Rapla_vallavalitsus, lk 10
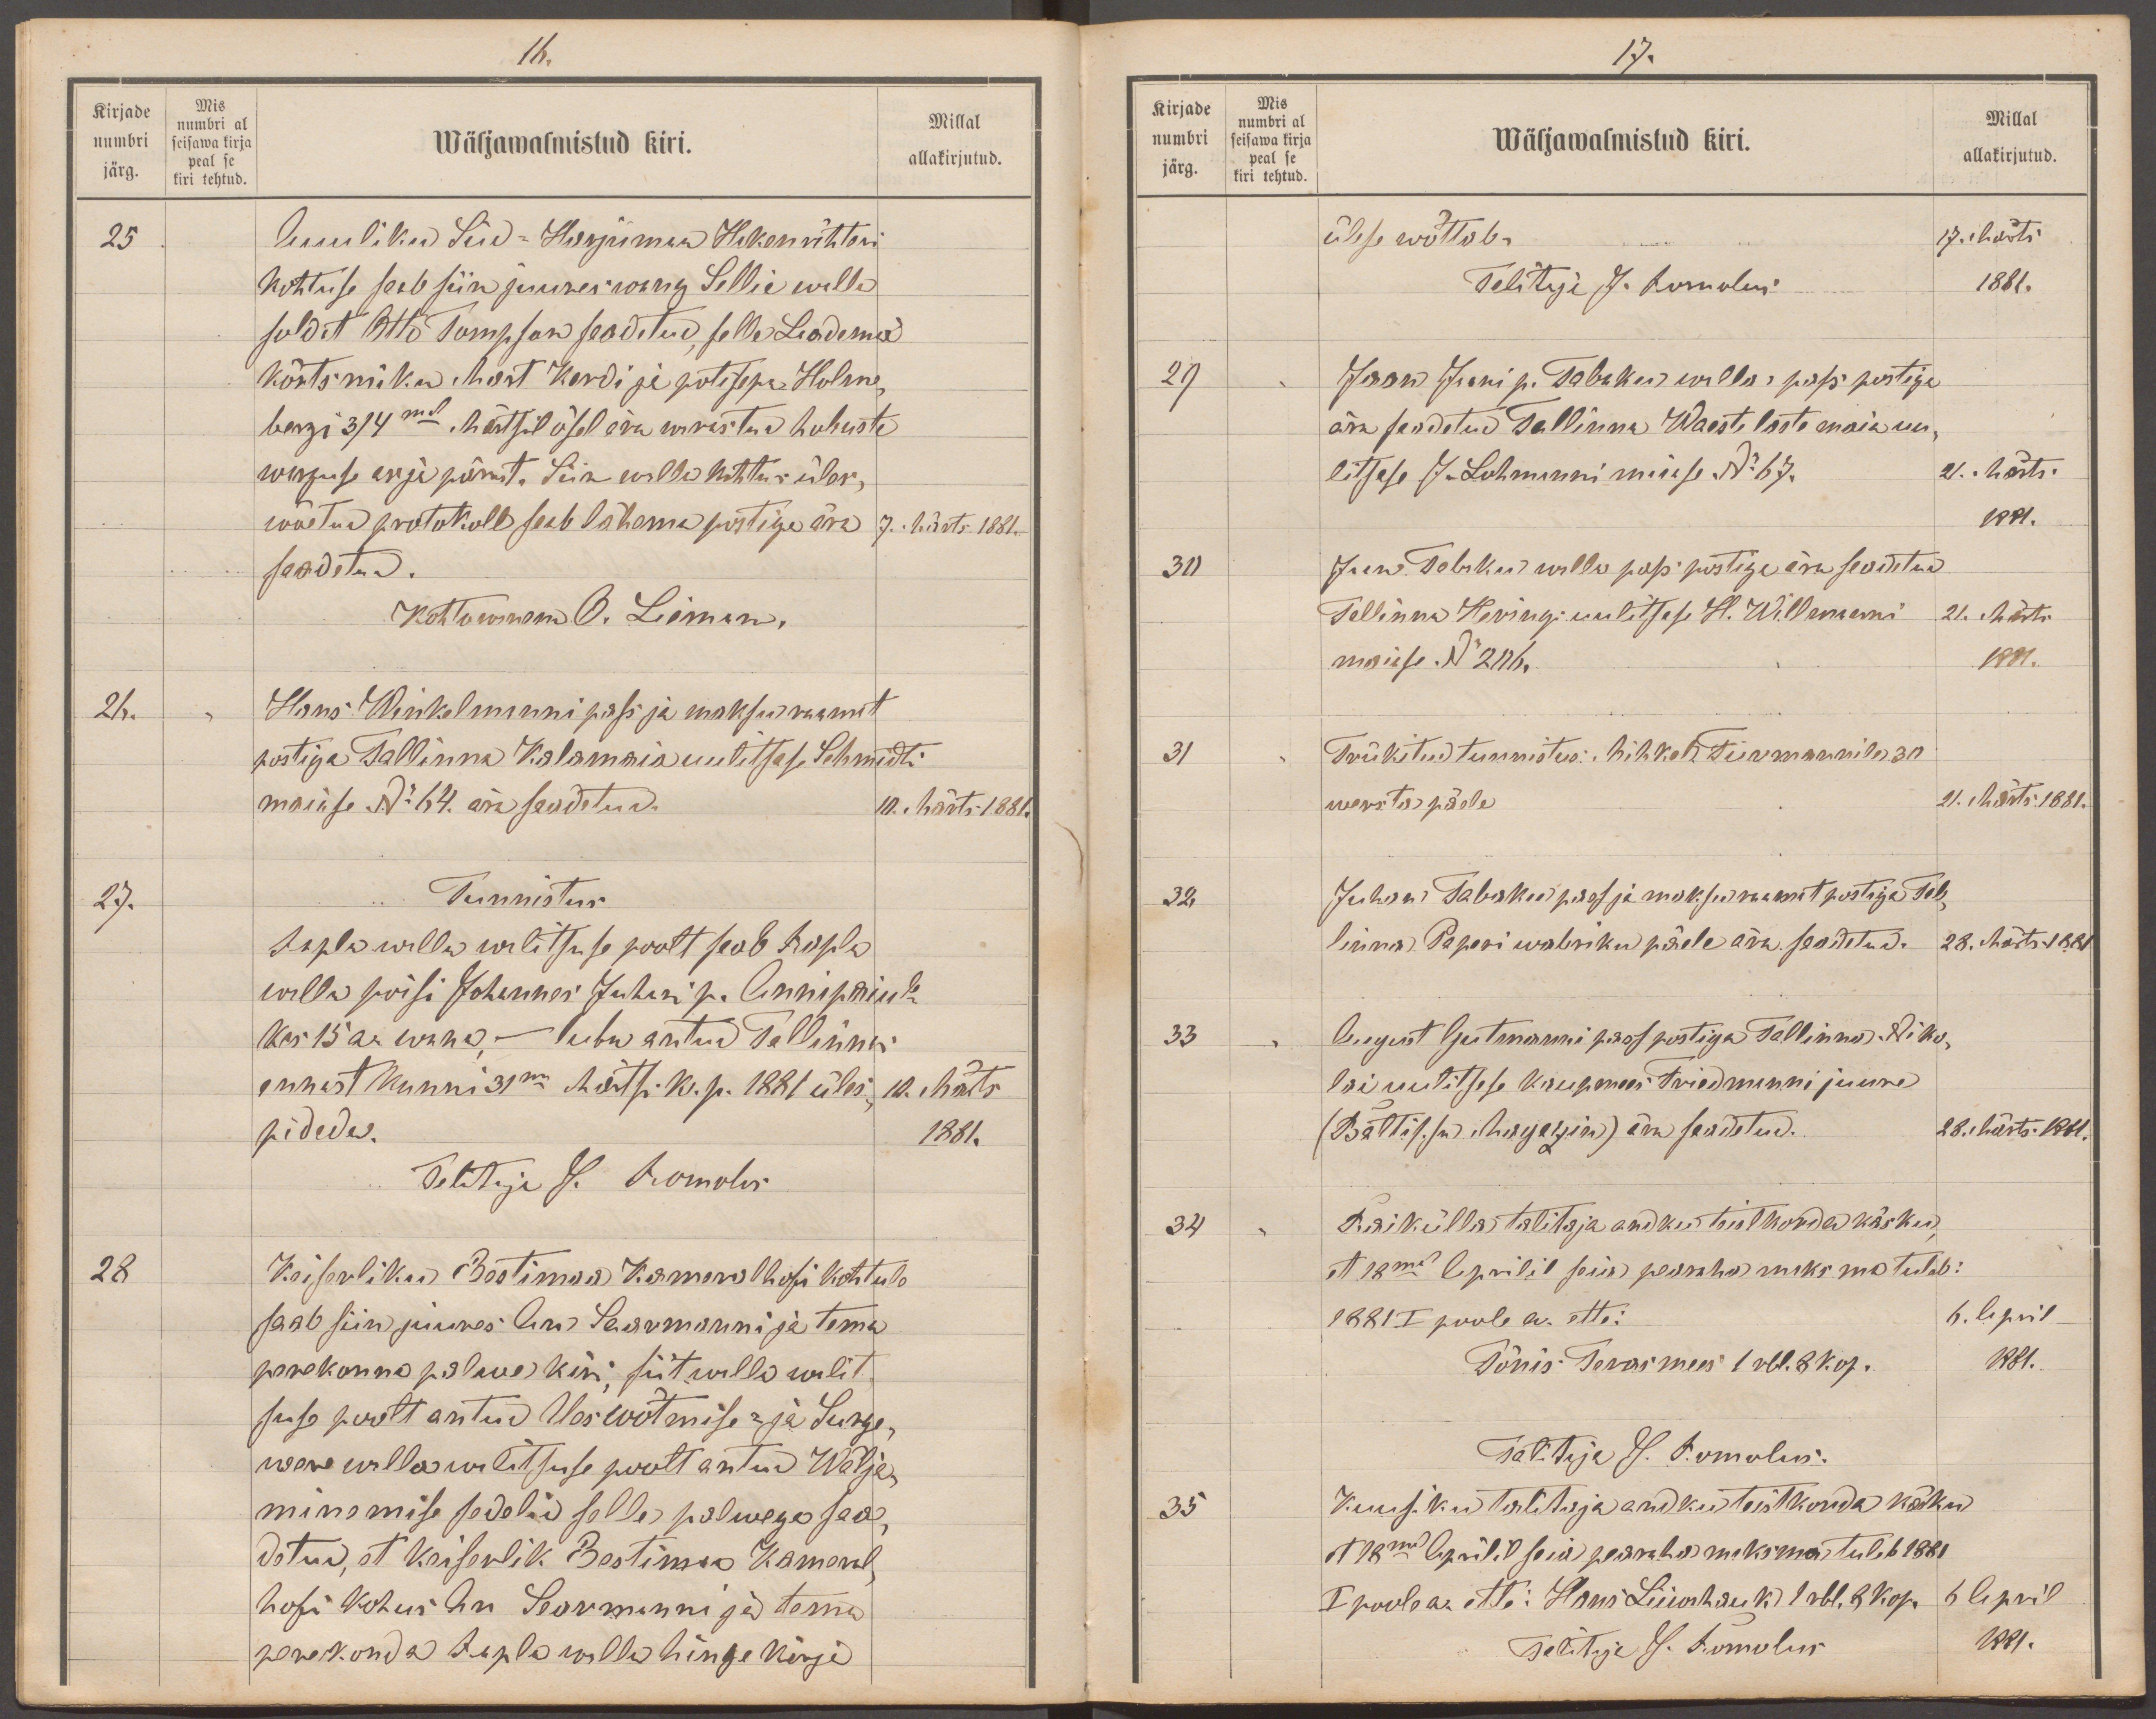
16.
Kirjade
Mis
numbri al
numbri
Wäljawalmistud kiri.
Millal
seisawa kirja
peal se
allakirjutud.
järg.
kiri tehtud.
25
Auuliku Süd-Harjumaa Hakenrihteri
Kohtuse saab siin juures wang Sellie walla
soldat Otto Tomson saadetud, selle Leadema
kõrtsmiku Mart Kerdi ja potisepa Holme-
bergi 3/4mal Märtsil ösel ära warastud hobuste
warguse asja pärast. Siin walla kohtus üles,
wõetud protokoll saab lähema postiga ära
9. Märts 1881.
saadetud.
Kohtowanem O. Liemann
26.
Hans Winkelmanni pass ja maksuraamat
postiga Tallinna Kalamaia uulitsase Schmidti
maiase No 64. ära saadetud.
10. märts 1881.
27.
Tunnistus
Rapla walla walitsuse poolt saab Rapla
walla poisi Johannes Juhani p. Annipaiule
kes 15a. wana - luba antud Tallinna
ennast kunni 31ma Märtsi k. p. 1881 üles
10. Märts
pidada.
1881.
Tehti ja J. Romolus
28
Keiserliku Eestimaa Kameralhofi kohtule
saab siin juures An Saarmanni ja tema
perekonna palwe kiri siitwalla walit
suse poolt antud üles wõtmise- ja Surga-
were wallawilitsuse poolt antud wälja-
minemise sedelid selle palwega saa-
detud, et Keiserlik Eestimaa Kameral
hofi kohus An Saarmanni ja tema
perekonda Rapla walla hinge kirja

17.
Kirjade
Mis
Millal
numbri al
numbri
seisawa kirja
peal se
järg.
Wäljawalmistud kiri.
allakirjutud.
kiri tehtud
ülese wõttab.
17. märts
Talitaja J. Romolus
1881.
29
Jaan Jaani p. Tabaku walla pass postiga
ära saadetud Tallinna Waeste laste maia uu-
litsase J.Lohmanni maiase No 67.
21. Märts.
1881.
30
Jaan Tabaku walla pass postiga ära saadetud
Tallinna Heringi uulitsase H. Willmanni
21. Märts.
maiase No 206.
1881.
31
Trükitud tunnistus: Mihkel Tiirmannile 30
wersta päele
21. Märts. 1881.
32.
Juhan Tabaku pass ja maksuraamat postiga Tal-
linna Paperi wabriku päele ära saadetud.
28. Märts 1881
33
August Gutmanni pass postiga Tallinna Niko-
lai uulitsase kaupmees Friedmanni juure
(Baltische Magazin) ära saadetud.
28. Märts 1881.
34
Raikülla talitaja andku teist korda käsku
et 18mal Aprilil seia pearaha maksma tuleb:
1881 I poole a. ette:
6. April
Tõnis Terasmees 1 rbl. 8 kop.
1881.
Talitaja J. Romolus
35
Kuusiku talitaja andku teist korda märku
et 18mal Aprilil seia pearaha maksma tuleb 1881
I poole a. ette: Hans Liiwahauk. 1 rbl. 8. kop.
6. April
Talitaja J. Romolus
1881.